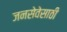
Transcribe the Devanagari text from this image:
जनसेवेसाठी